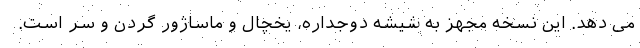
می دهد. این نسخه مجهز به شیشه دوجداره، یخچال و ماساژور گردن و سر است.